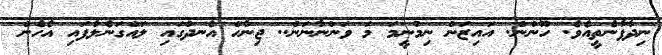
ނިދާފާނެތީއެވެ. ހޫންން. އައިޒަން ނިމުނީމަ މަ ވަންނާނަން.. ޖިނާހް އެނދުގައި ލައްގަނެލާފައި އެހެން